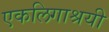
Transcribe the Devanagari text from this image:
एकलिगाश्रयी